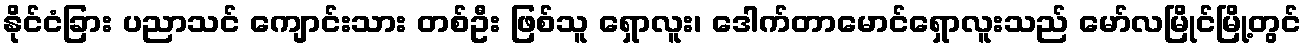
နိုင်ငံခြား ပညာသင် ကျောင်းသား တစ်ဦး ဖြစ်သူ ရှောလူး၊ ဒေါက်တာမောင်ရှောလူးသည် မော်လမြိုင်မြို့တွင်